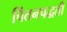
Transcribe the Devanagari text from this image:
चिंतनपद्धती